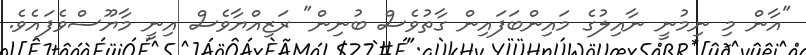
"އާން މި ނިމުނީ ނާއިލުގެ މައިންބަފައިން ގާތުވެސް ބުނިން" ރަޒިއްޔާވެސް އިނީ މާޔޫސްވެފައެވެ.